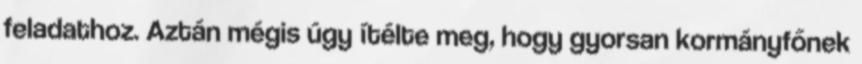
feladathoz. Aztán mégis úgy ítélte meg, hogy gyorsan kormányfőnek